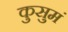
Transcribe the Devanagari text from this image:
कुसुमं